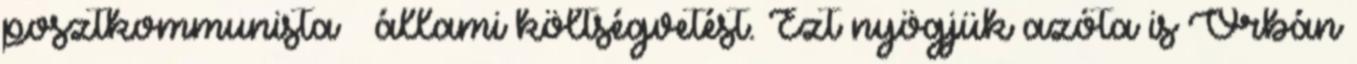
posztkommu­nista – állami költségvetést. Ezt nyögjük azóta is Orbán